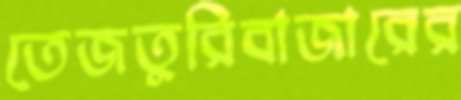
তেজতুরিবাজারের